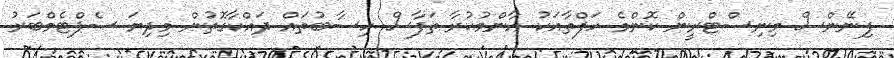
ފިނޭންސް މިނިސްޓްރީން ކޮންމެ ހަފްތާއަކު އާންމުކުރާ ތަފާސް ހިސާބުތައް ދައްކާގޮތުން މިދިޔަ ސެޕްޓެމްބަރު